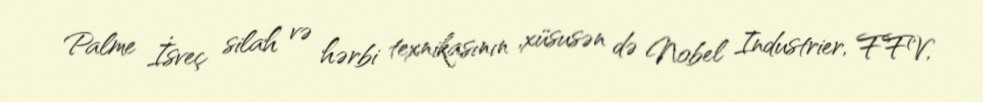
Palme İsveç silah və hərbi texnikasının ,xüsusən də Nobel Industrier, FFV,